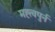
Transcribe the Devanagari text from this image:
मह्त्वपुर्न